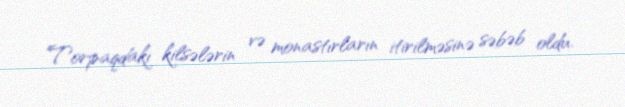
Torpaqdakı kilsələrin və monastırların itirilməsinə səbəb oldu.